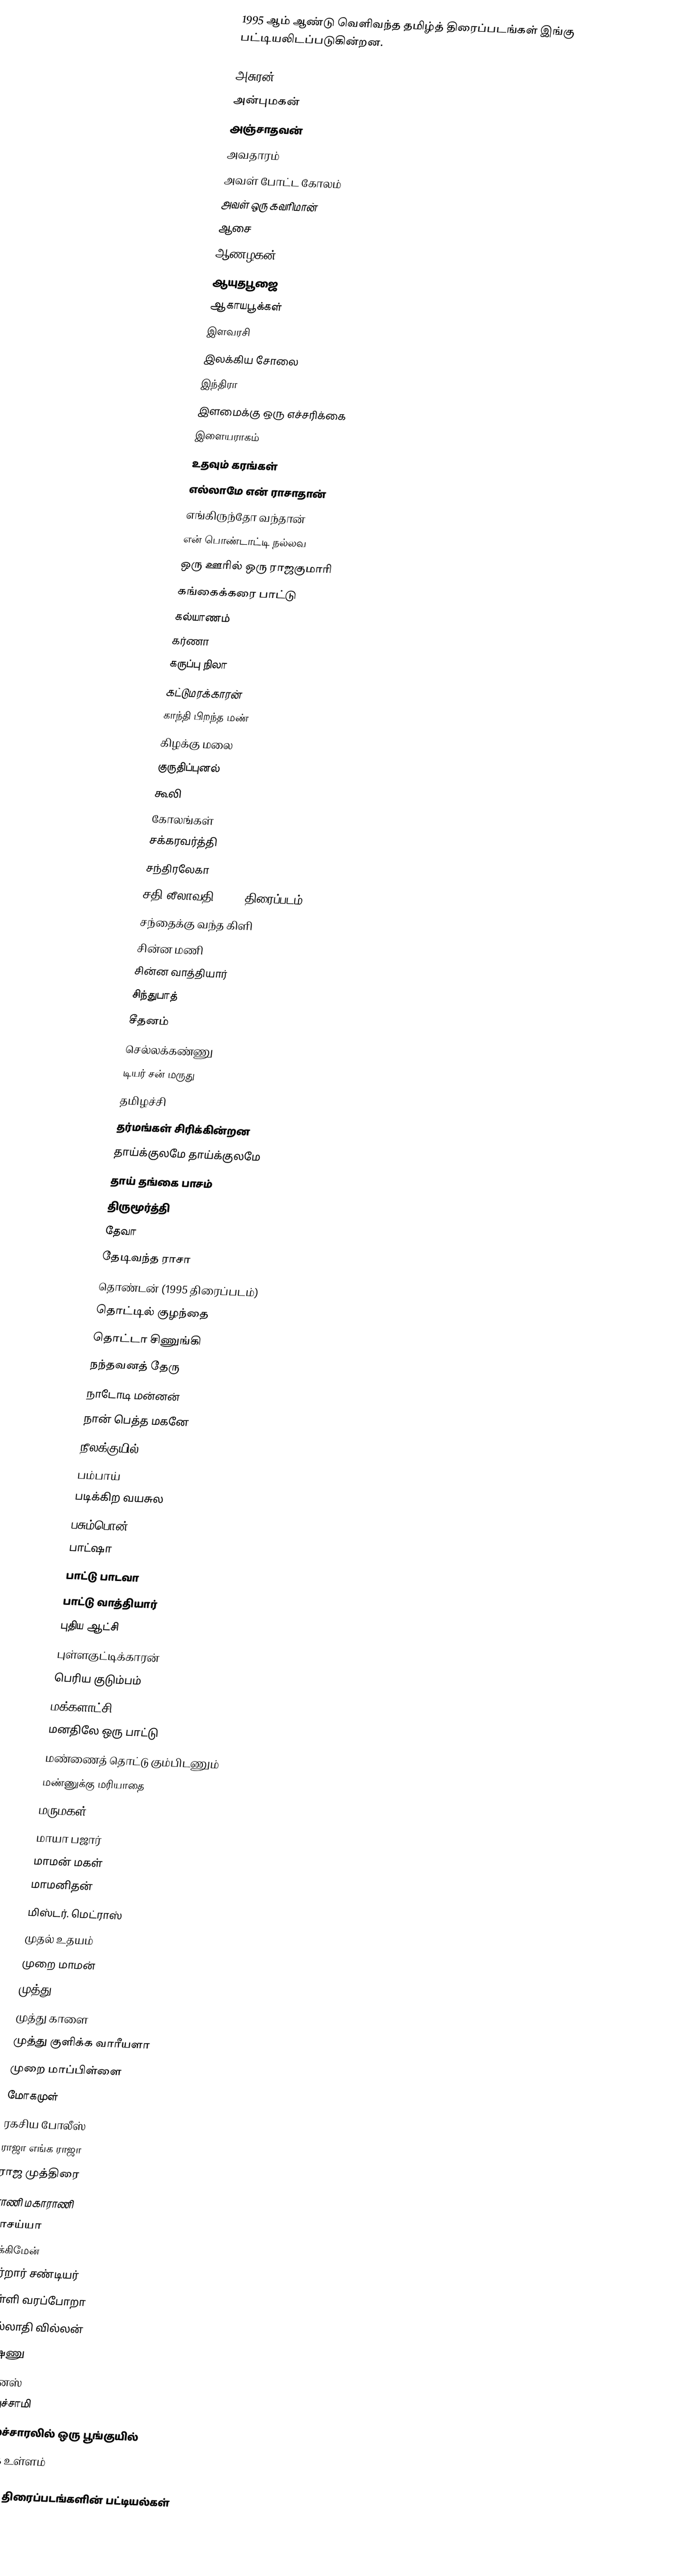
1995 ஆம் ஆண்டு வெளிவந்த தமிழ்த் திரைப்படங்கள் இங்கு பட்டியலிடப்படுகின்றன.

அசுரன்
அன்புமகன்
அஞ்சாதவன்
அவதாரம்
அவள் போட்ட கோலம்
அவள் ஒரு கவரிமான்
ஆசை
ஆணழகன்
ஆயுதபூஜை
ஆகாயபூக்கள்
இளவரசி
இலக்கிய சோலை
இந்திரா
இளமைக்கு ஒரு எச்சரிக்கை
இளையராகம்
உதவும் கரங்கள்
எல்லாமே என் ராசாதான்
எங்கிருந்தோ வந்தான்
என் பொண்டாட்டி நல்லவ
ஒரு ஊரில் ஒரு ராஜகுமாரி
கங்கைக்கரை பாட்டு
கல்யாணம்
கர்ணா
கருப்பு நிலா
கட்டுமரக்காரன்
காந்தி பிறந்த மண்
கிழக்கு மலை
குருதிப்புனல்
கூலி
கோலங்கள்
சக்கரவர்த்தி
சந்திரலேகா
சதி லீலாவதி (1995 திரைப்படம்)
சந்தைக்கு வந்த கிளி
சின்ன மணி
சின்ன வாத்தியார்
சிந்துபாத்
சீதனம்
செல்லக்கண்ணு
டியர் சன் மருது
தமிழச்சி
தர்மங்கள் சிரிக்கின்றன
தாய்க்குலமே தாய்க்குலமே
தாய் தங்கை பாசம்
திருமூர்த்தி
தேவா
தேடிவந்த ராசா
தொண்டன் (1995 திரைப்படம்)
தொட்டில் குழந்தை
தொட்டா சிணுங்கி
நந்தவனத் தேரு
நாடோடி மன்னன்
நான் பெத்த மகனே
நீலக்குயில்
பம்பாய்
படிக்கிற வயசுல
பசும்பொன்
பாட்ஷா
பாட்டு பாடவா
பாட்டு வாத்தியார்
புதிய ஆட்சி
புள்ளகுட்டிக்காரன்
பெரிய குடும்பம்
மக்களாட்சி
மனதிலே ஒரு பாட்டு
மண்ணைத் தொட்டு கும்பிடணும்
மண்ணுக்கு மரியாதை
மருமகள்
மாயா பஜார்
மாமன் மகள்
மாமனிதன்
மிஸ்டர். மெட்ராஸ்
முதல் உதயம்
முறை மாமன்
முத்து
முத்து காளை
முத்து குளிக்க வாரீயளா
முறை மாப்பிள்ளை
மோகமுள்
ரகசிய போலீஸ்
ராஜா எங்க ராஜா
ராஜ முத்திரை
ராணி மகாராணி
ராசய்யா
லக்கிமேன்
வர்றார் சண்டியர்
வள்ளி வரப்போறா
வில்லாதி வில்லன்
விஷ்ணு
விட்னஸ்
வேலுச்சாமி
மலைச்சாரலில் ஒரு பூங்குயில்
தியாக உள்ளம்

தமிழ்த் திரைப்படங்களின் பட்டியல்கள்